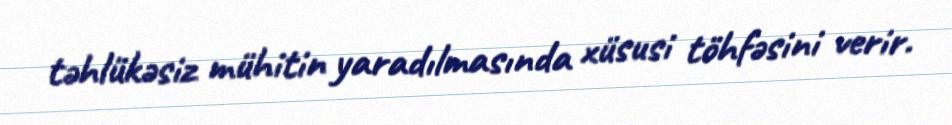
təhlükəsiz mühitin yaradılmasında xüsusi töhfəsini verir.